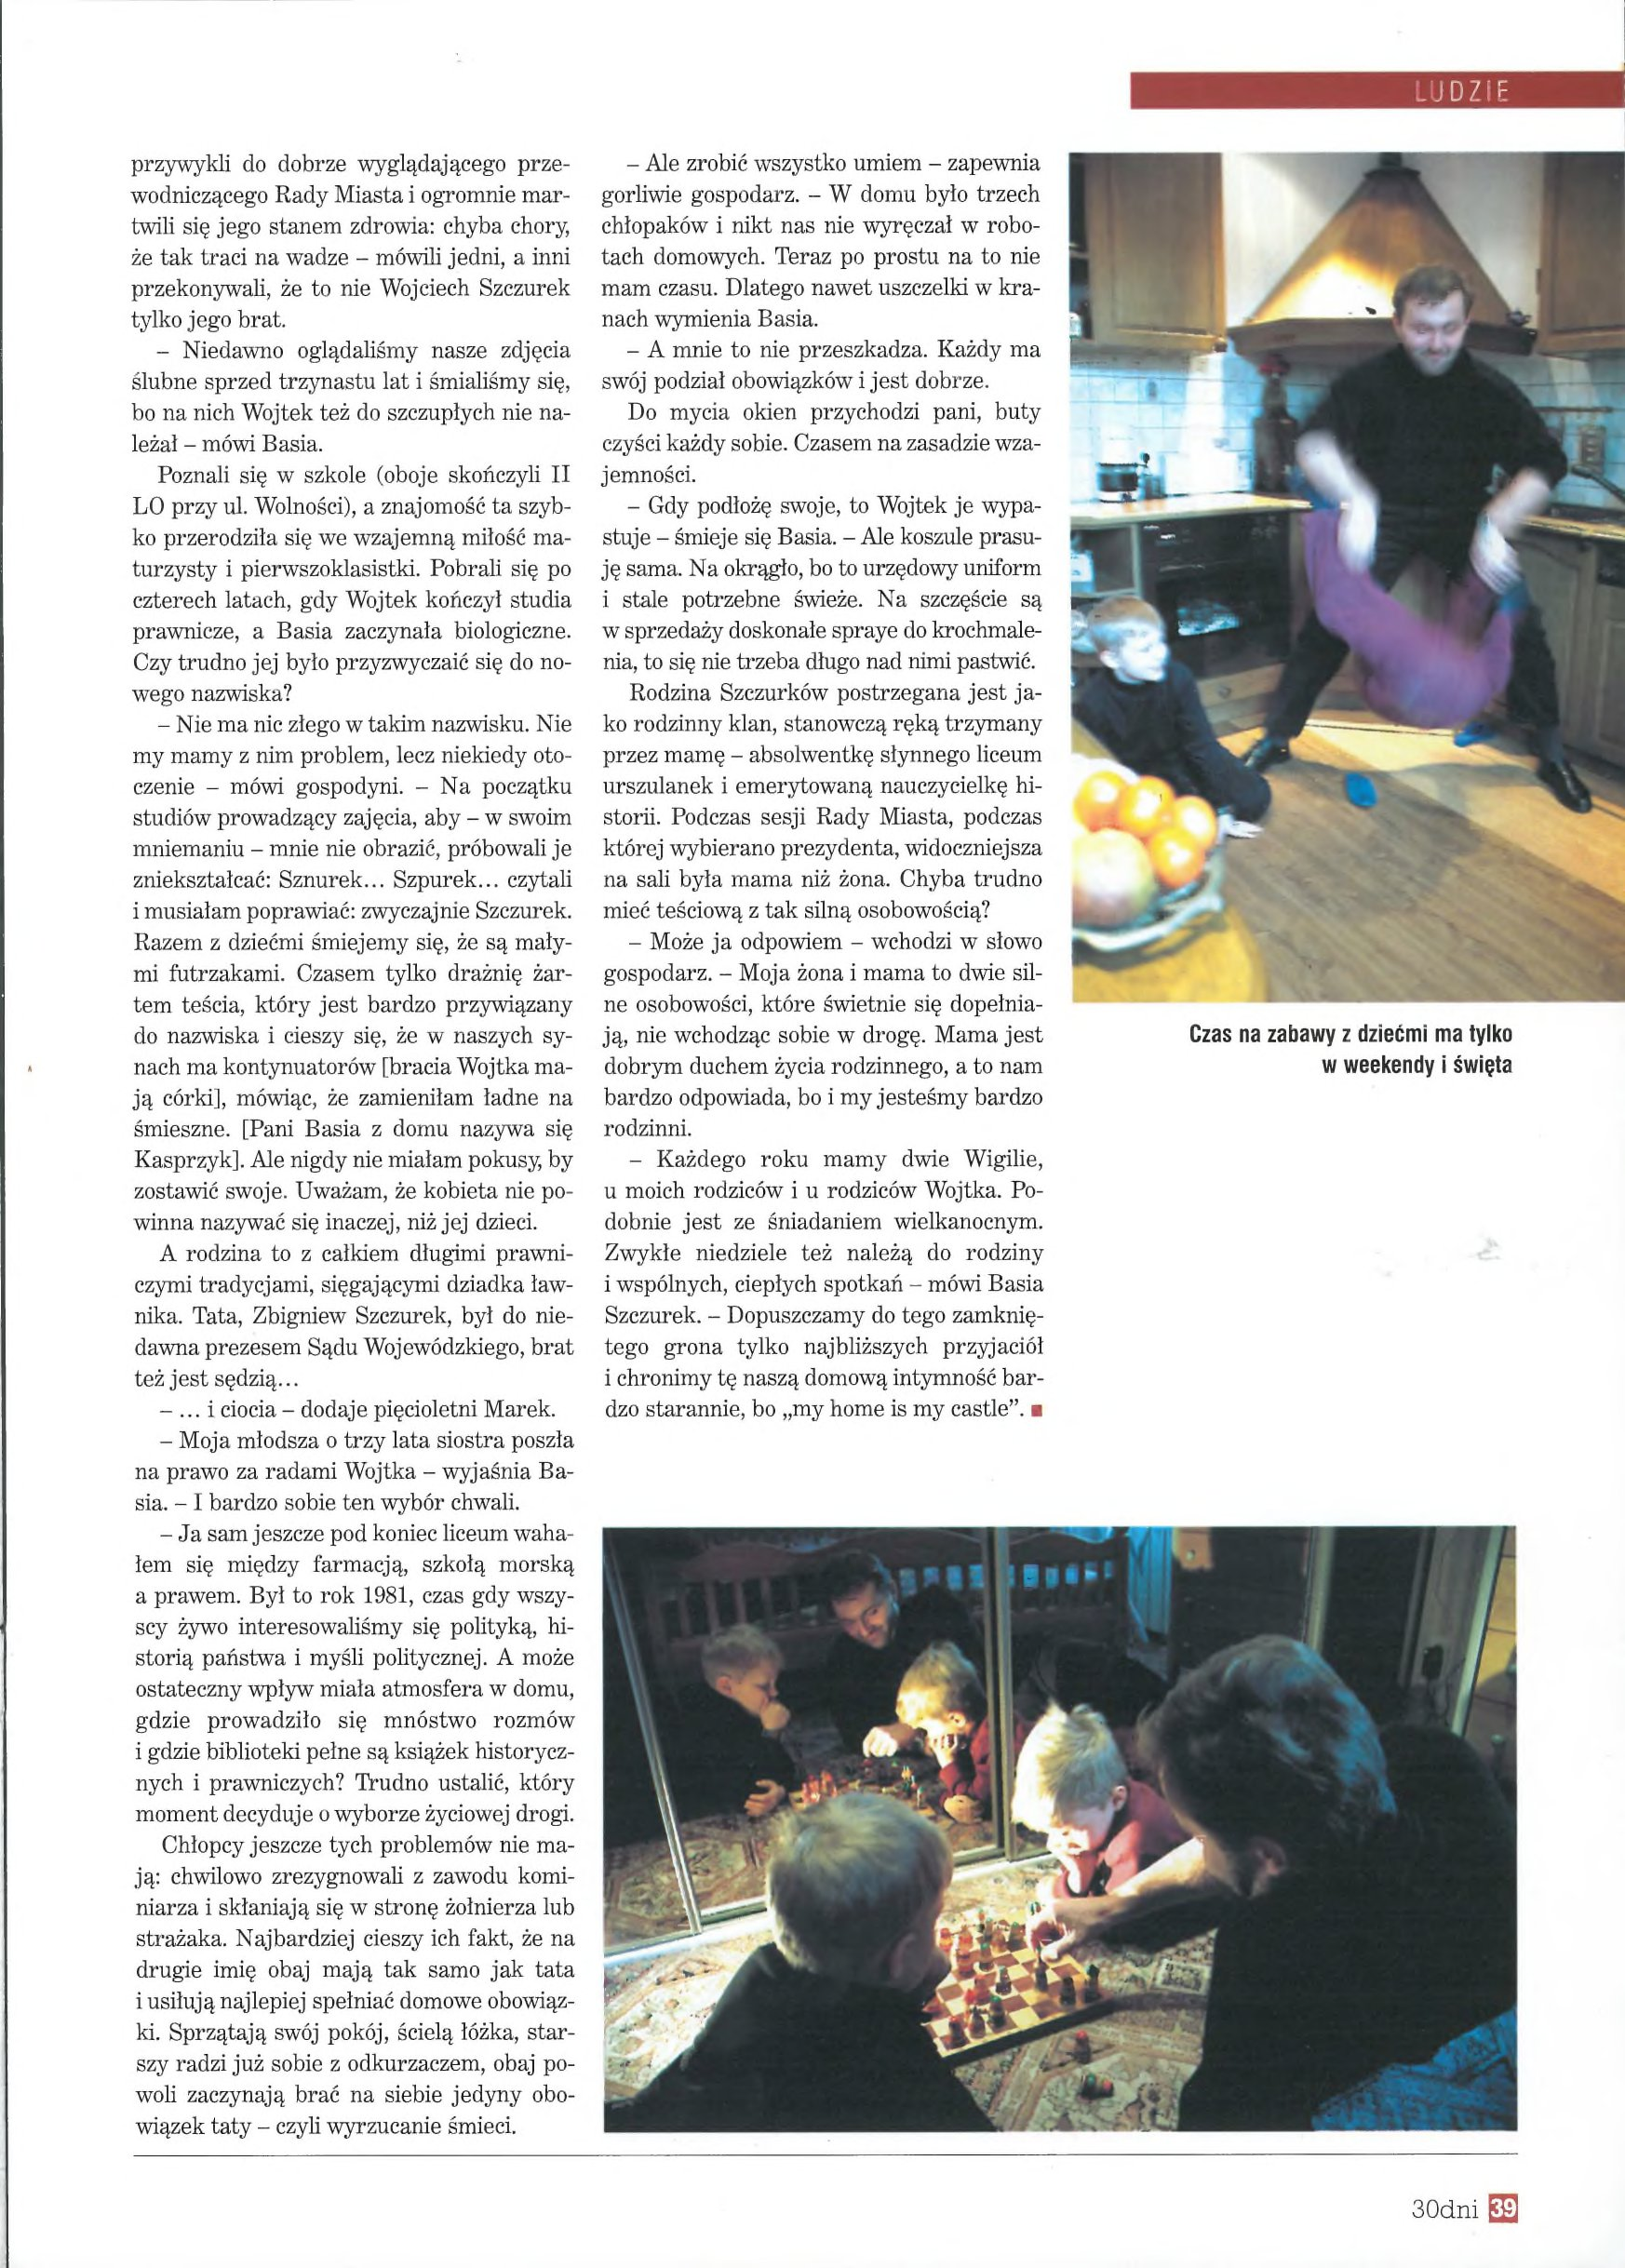
Language: pl